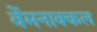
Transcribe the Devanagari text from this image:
वेंमनाक्कल